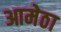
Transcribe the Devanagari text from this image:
आमेठा